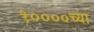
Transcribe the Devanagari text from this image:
१००००च्या